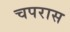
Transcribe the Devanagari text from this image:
चपरास